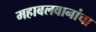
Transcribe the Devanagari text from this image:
महाबलवानांचा